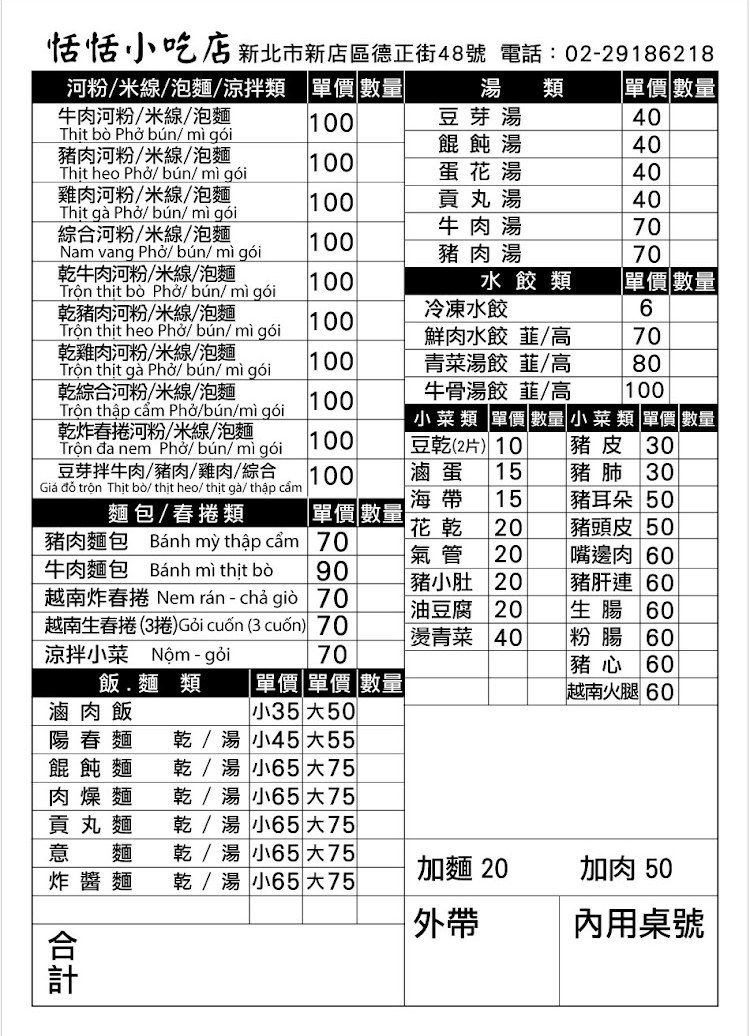
餐廳：恬恬小吃店
地址：新北市新店區德正街48號
電話：02-29186218
菜單：
name: 牛肉河粉/米線/泡麵
price: 100
name: 豆芽湯
price: 40
name: 餛飩湯
price: 40
name: 豬肉河粉/米線/泡麵
price: 100
name: 蛋花湯
price: 40
name: 雞肉河粉/米線/泡麵
price: 100
name: 貢丸湯
price: 40
name: 綜合河粉/米線/泡麵
price: 100
name: 牛肉湯
price: 70
name: 豬肉湯
price: 70
name: 乾牛肉河粉/米線/泡麵
price: 100
name: 乾豬肉河粉/米線/泡麵
price: 100
name: 乾雞肉河粉/米線/泡麵
price: 100
name: 乾綜合河粉/米線/泡麵
price: 100
name: 乾炸春捲河粉/米線/泡麵
price: 100
name: 豆芽拌牛肉/豬肉/雞肉/綜合
price: 100
name: 冷凍水餃
price: 6
name: 鮮肉水餃韮/高
price: 70
name: 青菜湯餃韮/高
price: 80
name: 牛骨湯餃韮/高
price: 100
name: 豆乾(2片)
price: 10
name: 豬皮
price: 30
name: 滷蛋
price: 15
name: 海帶
price: 15
name: 豬耳朵
price: 50
name: 花乾
price: 20
name: 豬頭皮
price: 50
name: 氣管
price: 20
name: 嘴邊肉
price: 60
name: 豬小肚
price: 20
name: 豬肝連
price: 60
name: 油豆腐
price: 20
name: 生腸
price: 60
name: 燙青菜
price: 40
name: 粉腸
price: 60
name: 豬心
price: 60
name: 越南火腿
price: 60
name: 豬肉麵包
price: 70
name: 牛肉麵包
price: 90
name: 越南炸春捲
price: 70
name: 越南生春捲(3捲)
price: 70
name: 涼拌小菜
price: 70
name: 滷肉飯小
price: 35大50
name: 滷肉飯大
price: 50
name: 陽春麵小
price: 45
name: 陽春麵大
price: 55
name: 餛飩麵小
price: 65大75
name: 餛飩麵大
price: 75
name: 肉燥麵小
price: 6
name: 肉燥麵大
price: 75
name: 貢丸麵小
price: 65
name: 貢丸麵大
price: 75
name: 意麵炸醬麵小
price: 65
name: 意麵炸醬麵大
price: 75
name: 加麵
price: 20
name: 加肉
price: 50